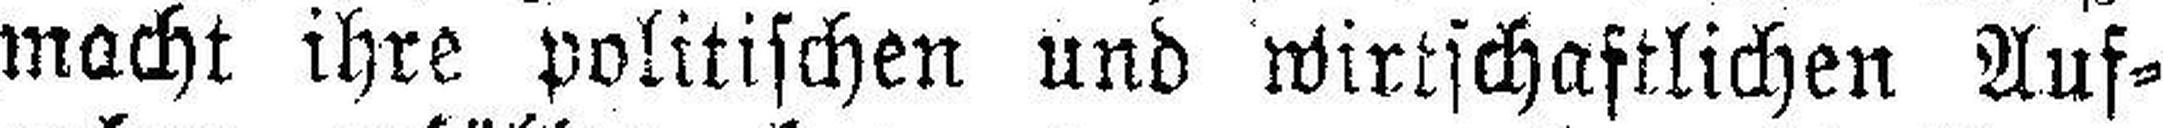
macht ihre politischen und wirtschaftlichen Auf¬